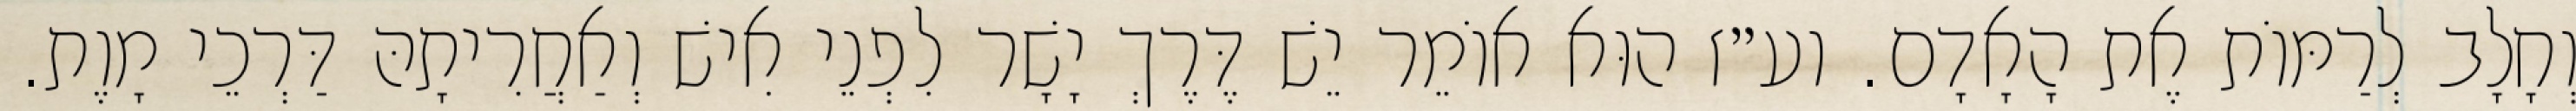
וְחָלָב לְרַמּוֹת אֶת הָאָדָם. וע״ז הוּא אוֹמֵר יֵשׁ דֶּרֶךְ יָשָׁר לִפְנֵי אִישׁ וְאַחֲרִיתָהּ דַּרְכֵי מָוֶת.